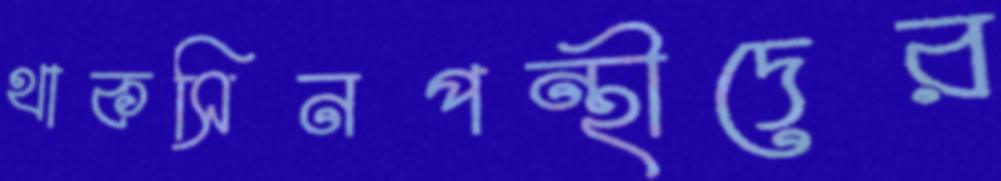
থাকসিনপন্থীদের